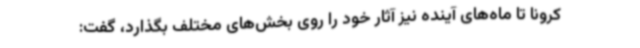
کرونا تا ماه‌های آینده نیز آثار خود را روی بخش‌های مختلف بگذارد، گفت: